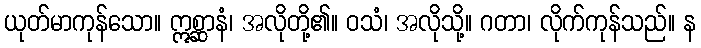
ယုတ်မာကုန်သော။ ဣစ္ဆာနံ၊ အလိုတို့၏။ ဝသံ၊ အလိုသို့။ ဂတာ၊ လိုက်ကုန်သည်။ န